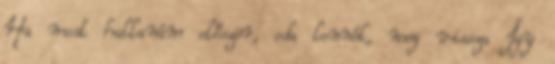
Ha most hallanám először, oda lennék, meg vissza Így